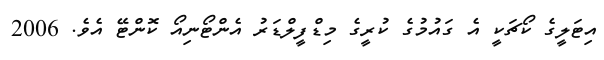
އިޓަލީގެ ކޯޗަކީ އެ ގައުމުގެ ކުރީގެ މިޑްފީލްޑަރު އެންޓޯނިއޯ ކޮންޓޭ އެވެ. 2006